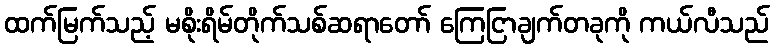
ထက်မြက်သည့် မစိုးရိမ်တိုက်သစ်ဆရာတော် ကြေငြာချက်တခုကို ကယ်လီသည်